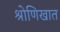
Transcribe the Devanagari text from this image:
श्रोणिखात